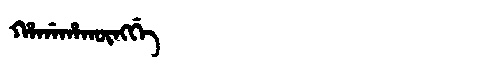
Manchu: ᡥᠠᡤᠠᡥᠠᡴᡡᠩᡤᡝ
Romanization: HAGAHAKŪNGGE